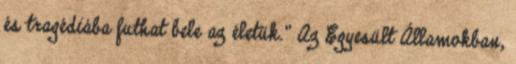
és tragédiába futhat bele az életük.” Az Egyesült Államokban,